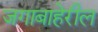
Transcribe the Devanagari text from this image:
जगाबाहेरील